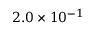
2 . 0 \times 1 0 ^ { - 1 }